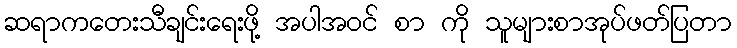
ဆရာကတေးသီချင်းရေးဖို့ အပါအဝင် စာ ကို သူများစာအုပ်ဖတ်ပြတာ